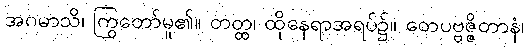
အဂမာသိ၊ ကြွတော်မူ၏။ တတ္ထ၊ ထိုနေရာအရပ်၌။ တေပဗ္ဗဇ္ဇိတာနံ၊